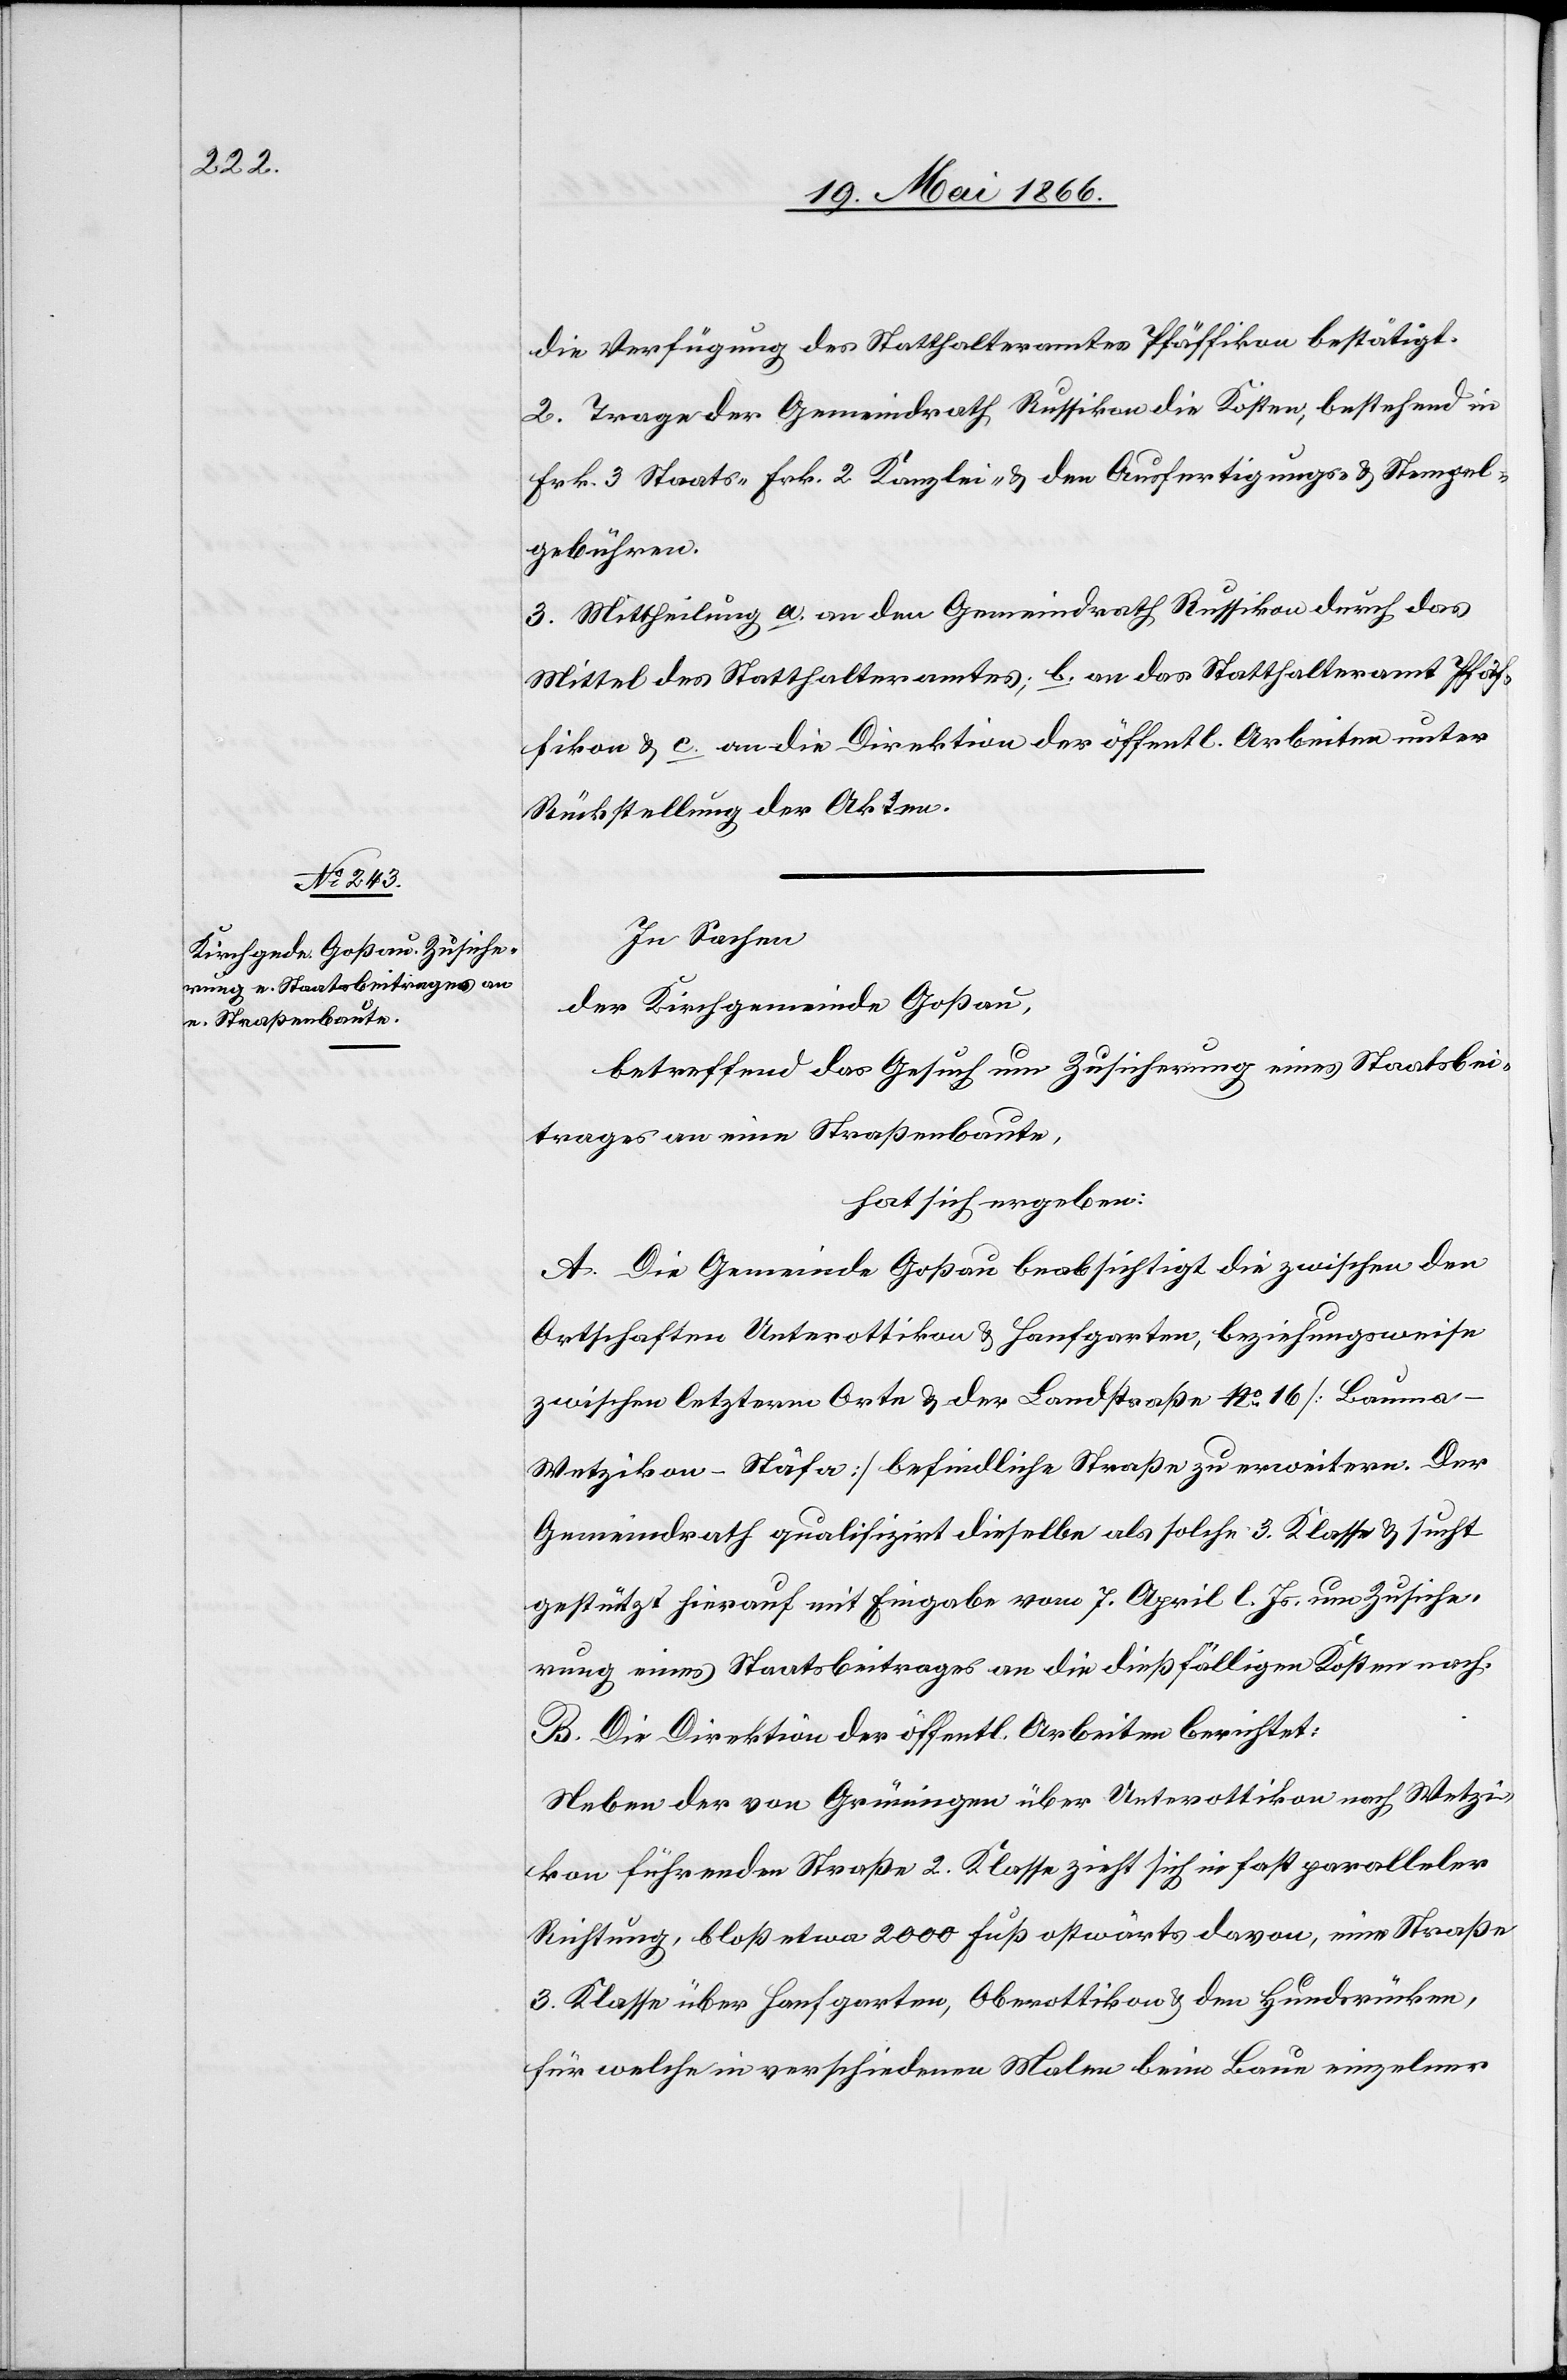
die Verfügung des Statthalteramtes Pfäffikon bestätigt.
2. Trage der Gemeindrath Russikon die Kosten, bestehend in
Frk. 3 Staats-[,] Frk. 2 Kanzlei- u. den Ausfertigungs- u. Stempel¬
gebühren.
3. Mittheilung a. an den Gemeindrath Russikon durch das
Mittel des Statthalteramtes; b. an das Statthalteramt Pfäf¬
fikon u. c. an die Direktion der öffentl. Arbeiten unter
Rückstellung der Akten.
In Sachen
der Kirchgemeinde Goßau,
betreffend das Gesuch um Zusicherung eines Staatsbei¬
trages an eine Straßenbaute,
hat sich ergeben:
A. Die Gemeinde Goßau beabsichtigt die zwischen den
Ortschaften Unterottikon u. Hanfgarten, beziehungsweise
zwischen letzterm Orte u. der Landstraße No. 16 [Bauma–W¬
etzikon–Stäfa] befindliche Straße zu erweitern. Der
Gemeindrath qualifizirt dieselbe als solche 3. Klasse u. sucht
gestützt hierauf mit Eingabe vom 7. April l. Js. um Zusiche¬
rung eines Staatsbeitrages an die dießfälligen Kosten nach.
B. Die Direktion der öffentl. Arbeiten berichtet:
Neben der von Grüningen über Unterottikon nach Wetzi¬
kon führenden Straße 2. Klasse zieht sich in fast paralleler
Richtung, bloß etwa 2000 Fuß ostwärts davon, eine Straße
3. Klasse über Hanfgarten, Oberottikon u. den Hundsrücken,
für welche in verschiedenen Malen beim Baue einzelner